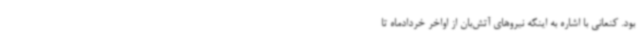
بود. کنعانی با اشاره به اینکه نیروهای آتش‌بان از اواخر خردادماه تا